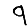
Digit: 9